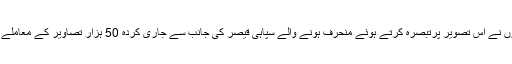
اپوزیشن کے حامیوں نے اس تصویر پرتبصرہ کرتے ہوئے منحرف ہونے والے سپاہی قیصر کی جانب سے جاری کردہ 50 ہزار تصاویر کے معاملے کی یاد تازہ کردی۔